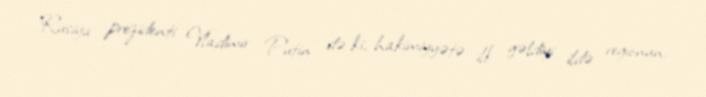
Rusiya prezidenti Vladimir Putin də ki, hakimiyyətə ilk gəldiyi ildə regionun,